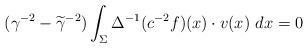
\begin{align*}(\gamma^{-2}-\widetilde{\gamma}^{-2})\int_{\Sigma}\Delta^{-1}(c^{-2} f)(x)\cdot v(x)\ dx=0\end{align*}